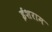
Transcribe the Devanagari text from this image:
ईशराम